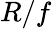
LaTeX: R/f